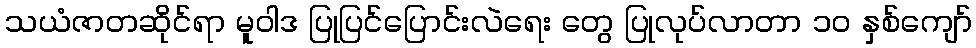
သယံဇာတဆိုင်ရာ မူဝါဒ ပြုပြင်ပြောင်းလဲရေး တွေ ပြုလုပ်လာတာ ၁၀ နှစ်ကျော်